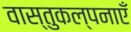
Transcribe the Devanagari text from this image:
वास्तुकल्पनाएँ